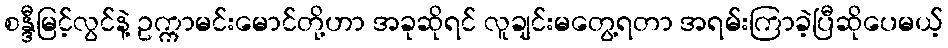
စန္ဒီမြင့်လွင်နဲ့ ဥက္ကာမင်းမောင်တို့ဟာ အခုဆိုရင် လူချင်းမတွေ့ရတာ အရမ်းကြာခဲ့ပြီဆိုပေမယ့်